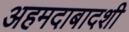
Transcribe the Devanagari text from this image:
अहमदाबादशी